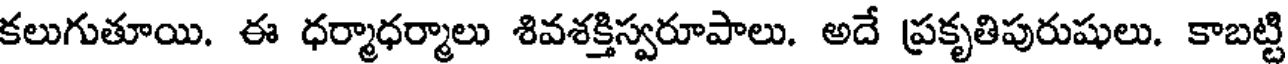
కలుగుతూయి. ఈ ధర్మాధర్మాలు శివశక్తిస్వరూపాలు. అదే ప్రకృతిపురుషులు. కాబట్టి